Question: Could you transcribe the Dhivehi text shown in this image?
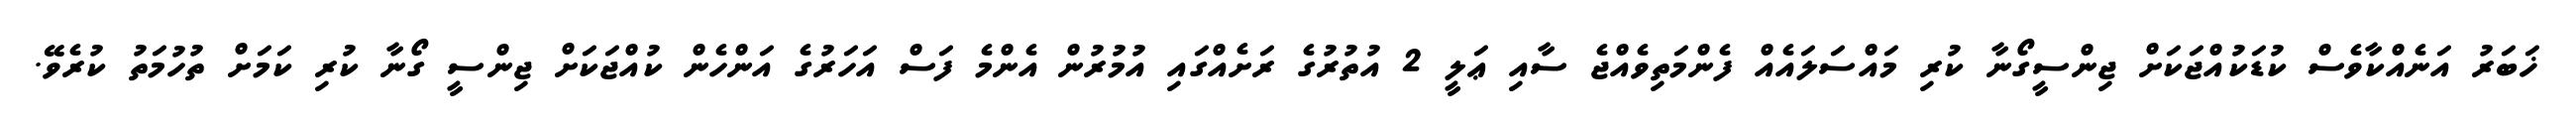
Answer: ޚަބަރު އަނެއްކާވެސް ކުޑަކުއްޖަކަށް ޖިންސީގޯނާ ކުރި މައްސަލައެއް ފެންމަތިވެއްޖެ ސާއި ޢަލީ 2 އުތުރުގެ ރަށެއްގައި އުމުރުން އެންމެ ފަސް އަހަރުގެ އަންހެން ކުއްޖަކަށް ޖިންސީ ގޯނާ ކުރި ކަމަށް ތުހުމަތު ކުރެވޭ.